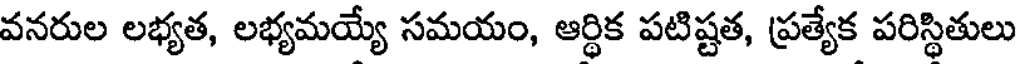
వనరుల లభ్యత, లభ్యమయ్యే సమయం, ఆర్థిక పటిష్టత, ప్రత్యేక పరిస్థితులు